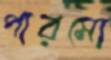
পারমো